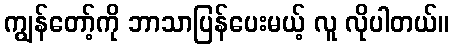
ကျွန်တော့်ကို ဘာသာပြန်ပေးမယ့် လူ လိုပါတယ်။